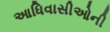
આધિવાસીઓની